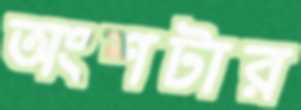
অংশটার